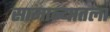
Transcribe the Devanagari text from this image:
सामान्यातला